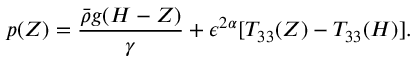
p ( Z ) = \frac { \bar { \rho } g ( H - Z ) } { \gamma } + \epsilon ^ { 2 \alpha } [ T _ { 3 3 } ( Z ) - T _ { 3 3 } ( H ) ] .